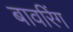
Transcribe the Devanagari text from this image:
बावरिंग